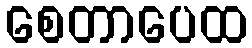
စေတာပေထ